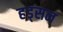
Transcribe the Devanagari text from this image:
हड्सन